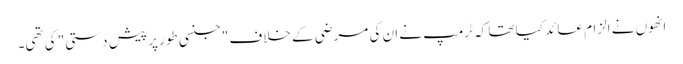
انھوں نے الزام عائد کیا تھا کہ ٹرمپ نے ان کی مرضی کے خلاف "جنسی طور پر پیش دستی" کی تھی۔